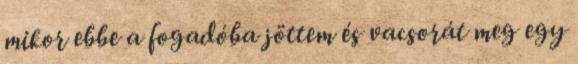
mikor ebbe a fogadóba jöttem és vacsorát meg egy